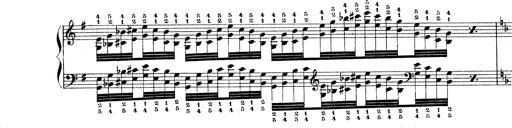
Title: Technische Studien
Composer: Franz Liszt